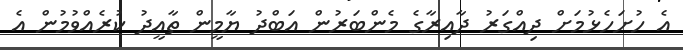
އެ ހުށަހެޅުމަށް ދިއްގަރު ދާއިރާގެ މެންބަރުން އަބްދު ޔާމީން ތާއީދު ކުރެއްވުމުން އެ